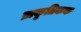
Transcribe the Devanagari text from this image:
प्राकृतिकक